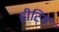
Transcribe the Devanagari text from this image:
हीटिग